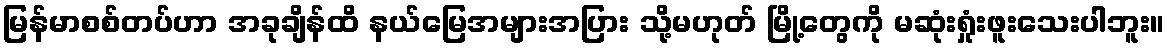
မြန်မာစစ်တပ်ဟာ အခုချိန်ထိ နယ်မြေအများအပြား သို့မဟုတ် မြို့တွေကို မဆုံးရှုံးဖူးသေးပါဘူး။